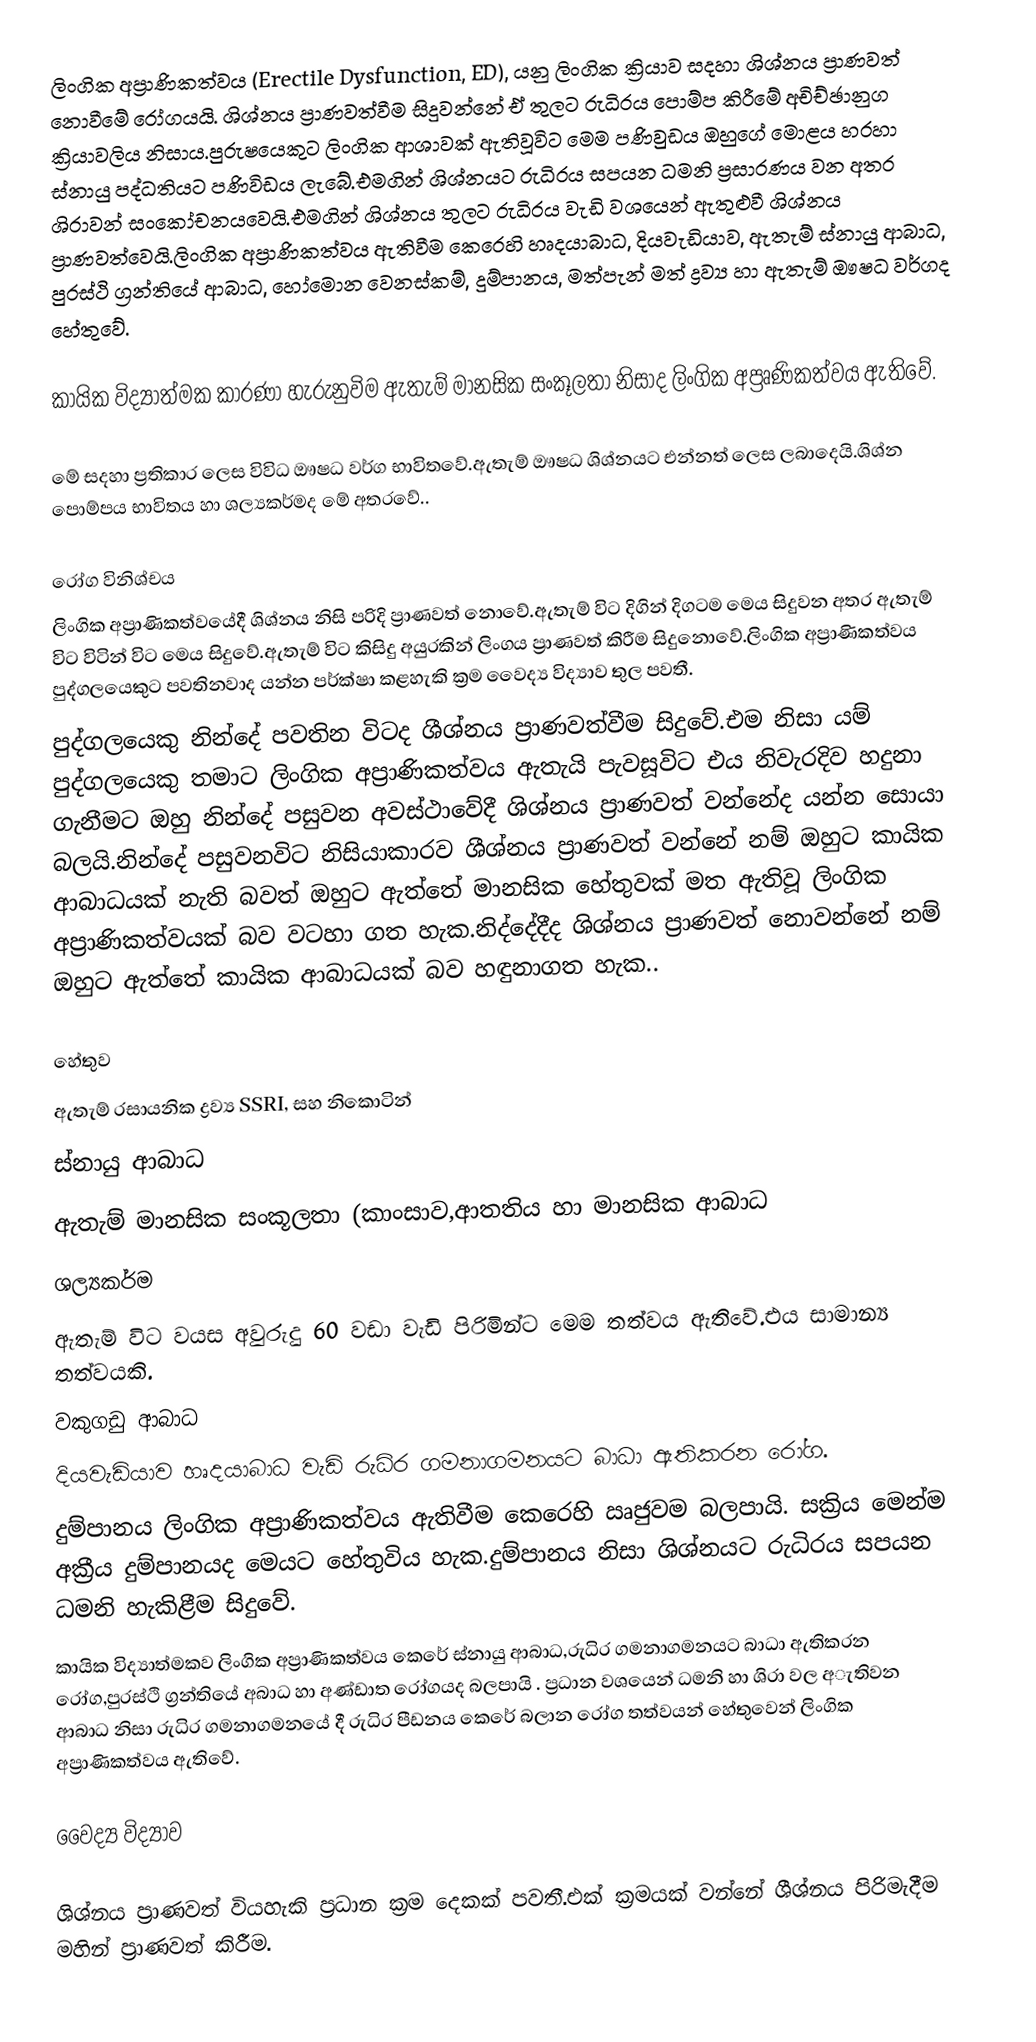
ලිංගික අප්‍රාණිකත්වය (Erectile Dysfunction, ED), යනු ලිංගික ක්‍රියාව සදහා ශිශ්නය ප්‍රාණවත් නොවීමේ රෝගයයි. ශිශ්නය ප්‍රාණවත්වීම සිදුවන්නේ ඒ තුලට රුධිරය පොම්ප කිරීමේ අචිච්ඡානුග ක්‍රියාවලිය නිසාය.පුරුෂයෙකුට ලිංගික ආශාවක් ඇතිවූවිට මෙම පණිවුඩය ඔහුගේ මොළය හරහා ස්නායු පද්ධතියට පණිවිඩය ලැබේ.එමගින් ශිශ්නයට රුධිරය සපයන ධමනි ප්‍රසාරණය වන අතර ශිරාවන් සංකෝචනයවෙයි.එමගින් ශිශ්නය තුලට රුධිරය වැඩි වශයෙන් ඇතුළුවී ශිශ්නය ප්‍රාණවත්වෙයි.ලිංගික අප්‍රාණිකත්වය ඇතිවීම කෙරෙහි හෘදයාබාධ, දියවැඩියාව, ඇතැම් ස්නායු ආබාධ, පුරස්ථි ග්‍රන්තියේ ආබාධ, හෝමොන වෙනස්කම්, දුම්පානය, මත්පැන් මත් ද්‍රව්‍ය හා ඇතැම් ඖෂධ වර්ගද හේතුවේ.

කායික විද්‍යාත්මක කාරණා හැරුනුවිම ඇතැම් මානසික සංකූලතා නිසාද ලිංගික අප්‍රෘණිකත්වය ඇතිවේ.

මේ සදහා ප්‍රතිකාර ලෙස විවිධ ඖෂධ වර්ග භාවිතවේ.ඇතැම් ඖෂධ ශිශ්නයට එන්නත් ලෙස ලබාදෙයි.ශිශ්න පොම්පය භාවිතය හා ශල්‍යකර්මද මේ අතරවේ..

රෝග විනිශ්චය
ලිංගික අප්‍රාණිකත්වයේදී ශිශ්නය නිසි පරිදි ප්‍රාණවත් නොවේ.ඇතැම් විට දිගින් දිගටම මෙය සිදුවන අතර ඇතැම් විට විටින් විට මෙය සිදුවේ.ඇතැම් විට කිසිදු අයුරකින් ලිංගය ප්‍රාණවත් කිරීම සිදුනොවේ.ලිංගික අප්‍රාණිකත්වය පුද්ගලයෙකුට පවතිනවාද යන්න පර්ක්ෂා කළහැකි ක්‍රම වෛද්‍ය විද්‍යාව තුල පවතී.
 පුද්ගලයෙකු නින්දේ පවතින විටද ශීශ්නය ප්‍රාණවත්වීම සිදුවේ.එම නිසා යම් පුද්ගලයෙකු තමාට ලිංගික අප්‍රාණිකත්වය ඇතැයි පැවසූවිට එය නිවැරදිව හදුනා ගැනීමට ඔහු නින්දේ පසුවන අවස්ථාවේදී ශිශ්නය ප්‍රාණවත් වන්නේද යන්න සොයා බලයි.නින්දේ පසුවනවිට නිසියාකාරව ශීශ්නය ප්‍රාණවත් වන්නේ නම් ඔහුට කායික ආබාධයක් නැති බවත් ඔහුට ඇත්තේ මානසික හේතුවක් මත ඇතිවූ ලිංගික අප්‍රාණිකත්වයක් බව වටහා ගත හැක.නිද්දේදීද ශිශ්නය ප්‍රාණවත් නොවන්නේ නම් ඔහුට ඇත්තේ කායික ආබාධයක් බව හඳුනාගත හැක..

හේතුව
 ඇතැම් රසායනික ද්‍රව්‍ය SSRI, සහ නිකොටින්
 ස්නායු ආබාධ
 ඇතැම් මානසික සංකූලතා (කාංසාව,ආතතිය හා මානසික ආබාධ
 ශල්‍යකර්ම
 ඇතැම් විට වයස අවුරුදු 60 වඩා වැඩි පිරිමින්ට මෙම තත්වය ඇතිවේ.එය සාමාන්‍ය තත්වයකි.
 වකුගඩු ආබාධ
 දියවැඩියාව හෘදයාබාධ වැඩි රුධිර ගමනාගමනයට බාධා ඇතිකරන රෝග.
 දුම්පානය ලිංගික අප්‍රාණිකත්වය ඇතිවීම කෙරෙහි ඍජුවම බලපායි. සක්‍රිය මෙන්ම අක්‍රීය දුම්පානයද මෙයට හේතුවිය හැක.දුම්පානය නිසා ශිශ්නයට රුධිරය සපයන ධමනි හැකිළීම සිදුවේ.
කායික විද්‍යාත්මකව ලිංගික අප්‍රාණිකත්වය කෙරේ ස්නායු ආබාධ,රුධිර ගමනාගමනයට බාධා ඇතිකරන රෝග,පුරස්ථි ග්‍රන්තියේ අබාධ හා අණ්ඩාත රෝගයද බලපායි . ප්‍රධාන වශයෙන් ධමනි හා ශිරා වල අැතිවන ආබාධ නිසා රුධිර ගමනාගමනයේ දී රුධිර පීඩනය කෙරේ බලාන රෝග තත්වයන් හේතුවෙන් ලිංගික අප්‍රාණිකත්වය ඇතිවේ.

වෛද්‍ය විද්‍යාව

ශිශ්නය ප්‍රාණවත් වියහැකි ප්‍රධාන ක්‍රම දෙකක් පවතී.එක් ක්‍රමයක් වන්නේ ශීශ්නය පිරිමැදීම මහින් ප්‍රාණවත් කිරීම.